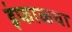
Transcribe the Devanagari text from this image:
इंफाळचा